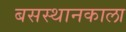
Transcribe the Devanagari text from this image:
बसस्थानकाला